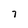
Character: 7